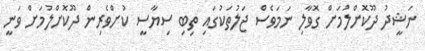
ނަޝީދު ދޫކޮށްލުމަށް ގޮވާލި ނަމަވެސް ޖަލުތަކުގައި ތިބި ސިޔާސީ ކުށްވެރިން ދޫކޮށްލުމަށް ވަނީ